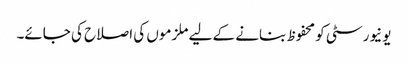
یونیورسٹی کو محفوظ بنانے کے لیے ملزموں کی اصلاح کی جائے۔